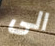
الى